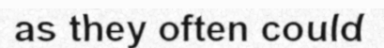
as they often could